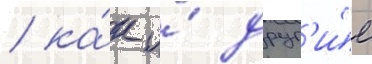
/ ка́к и́ друг'и́е